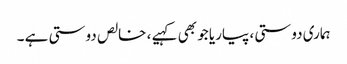
ہماری دوستی ، پیاریا جو بھی کہیے ، خالص دوستی ہے ۔